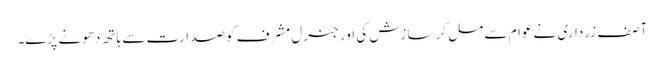
آصف زرداری نے عوام سے مل کر سازش کی اور جنرل مشرف کو صدارت سے ہاتھ دھونے پڑے۔